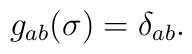
g_{ab}(\sigma) = \delta_{ab}.